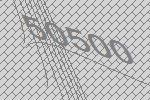
50500